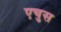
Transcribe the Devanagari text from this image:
एचुस